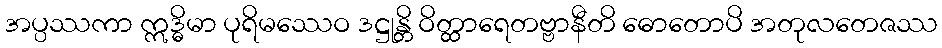
အပ္ပဿကာ ဣဒ္ဓိမာ ပုရိမဿေဝ ဒဋ္ဌုန္တိ ဝိတ္ထာရေတဗ္ဗာနီတိ ဓောတောပိ အတုလတေဇဿ